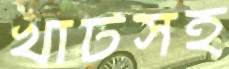
খাটসহ